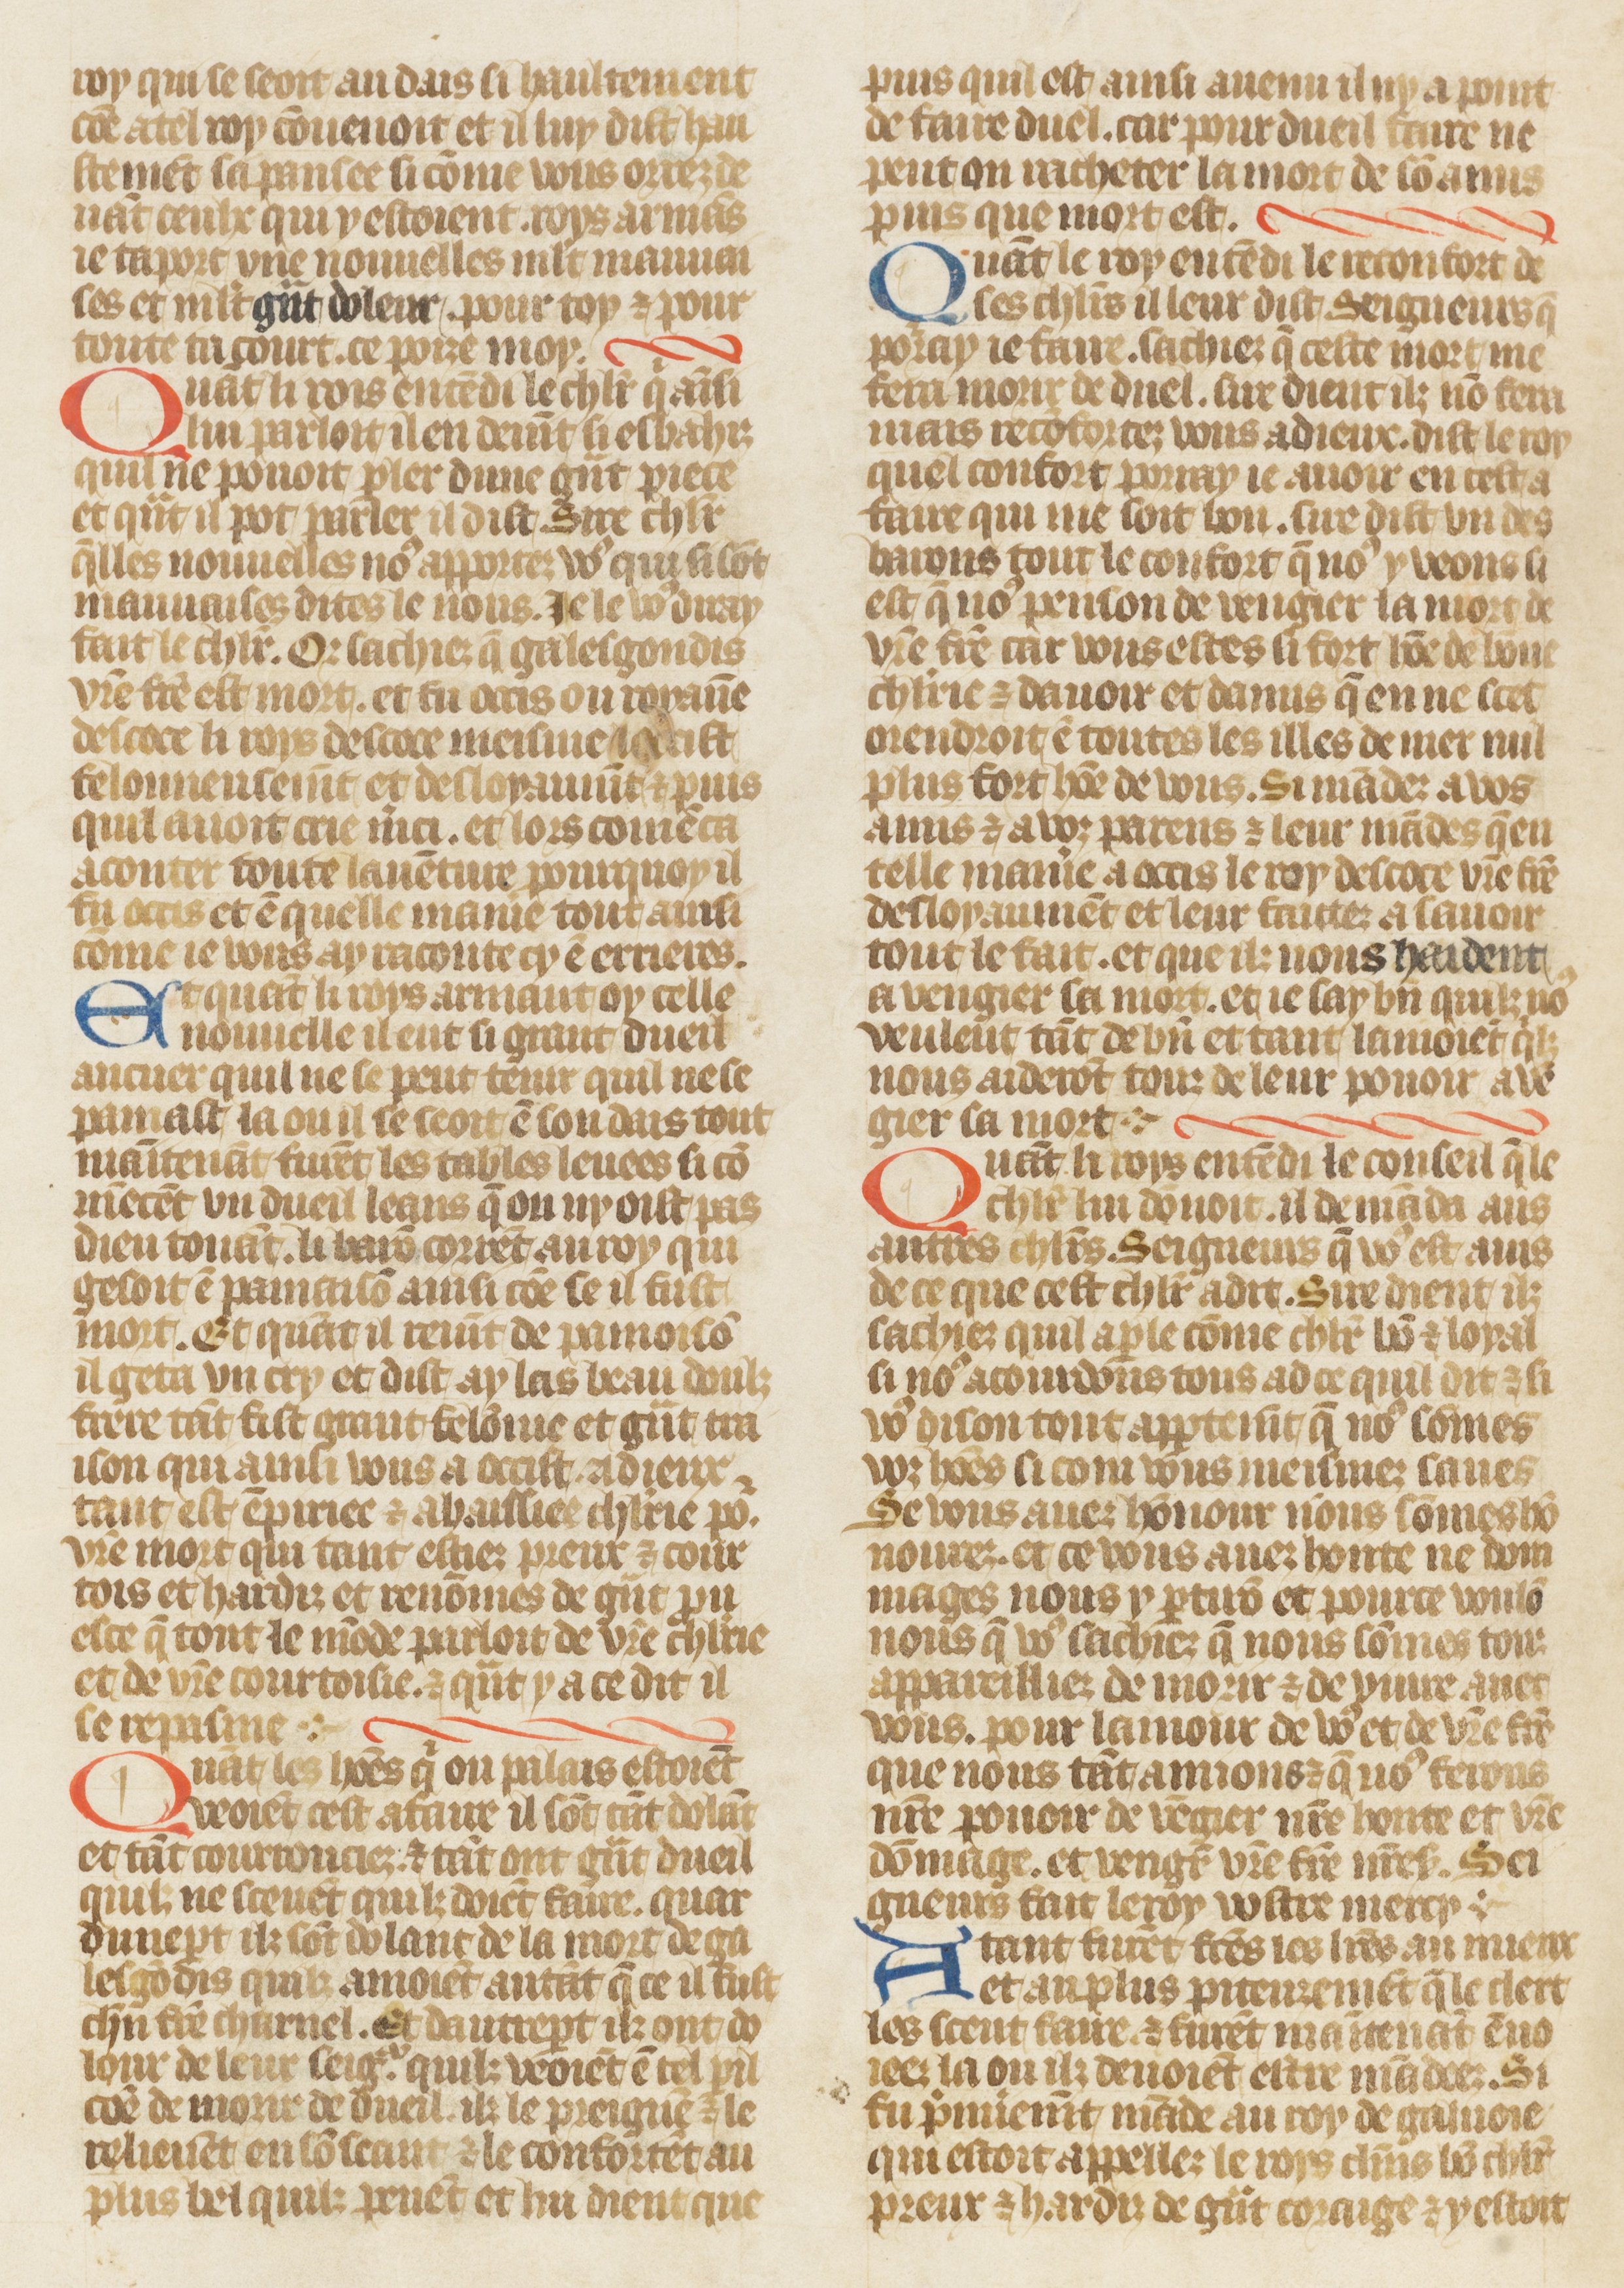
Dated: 1410–1430